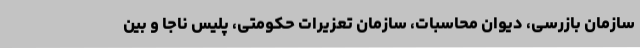
سازمان بازرسی، دیوان محاسبات، سازمان تعزیرات حکومتی، پلیس ناجا و بین